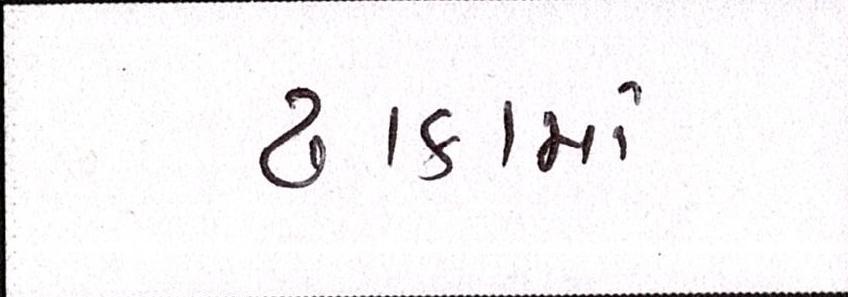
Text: ઢાકામાં